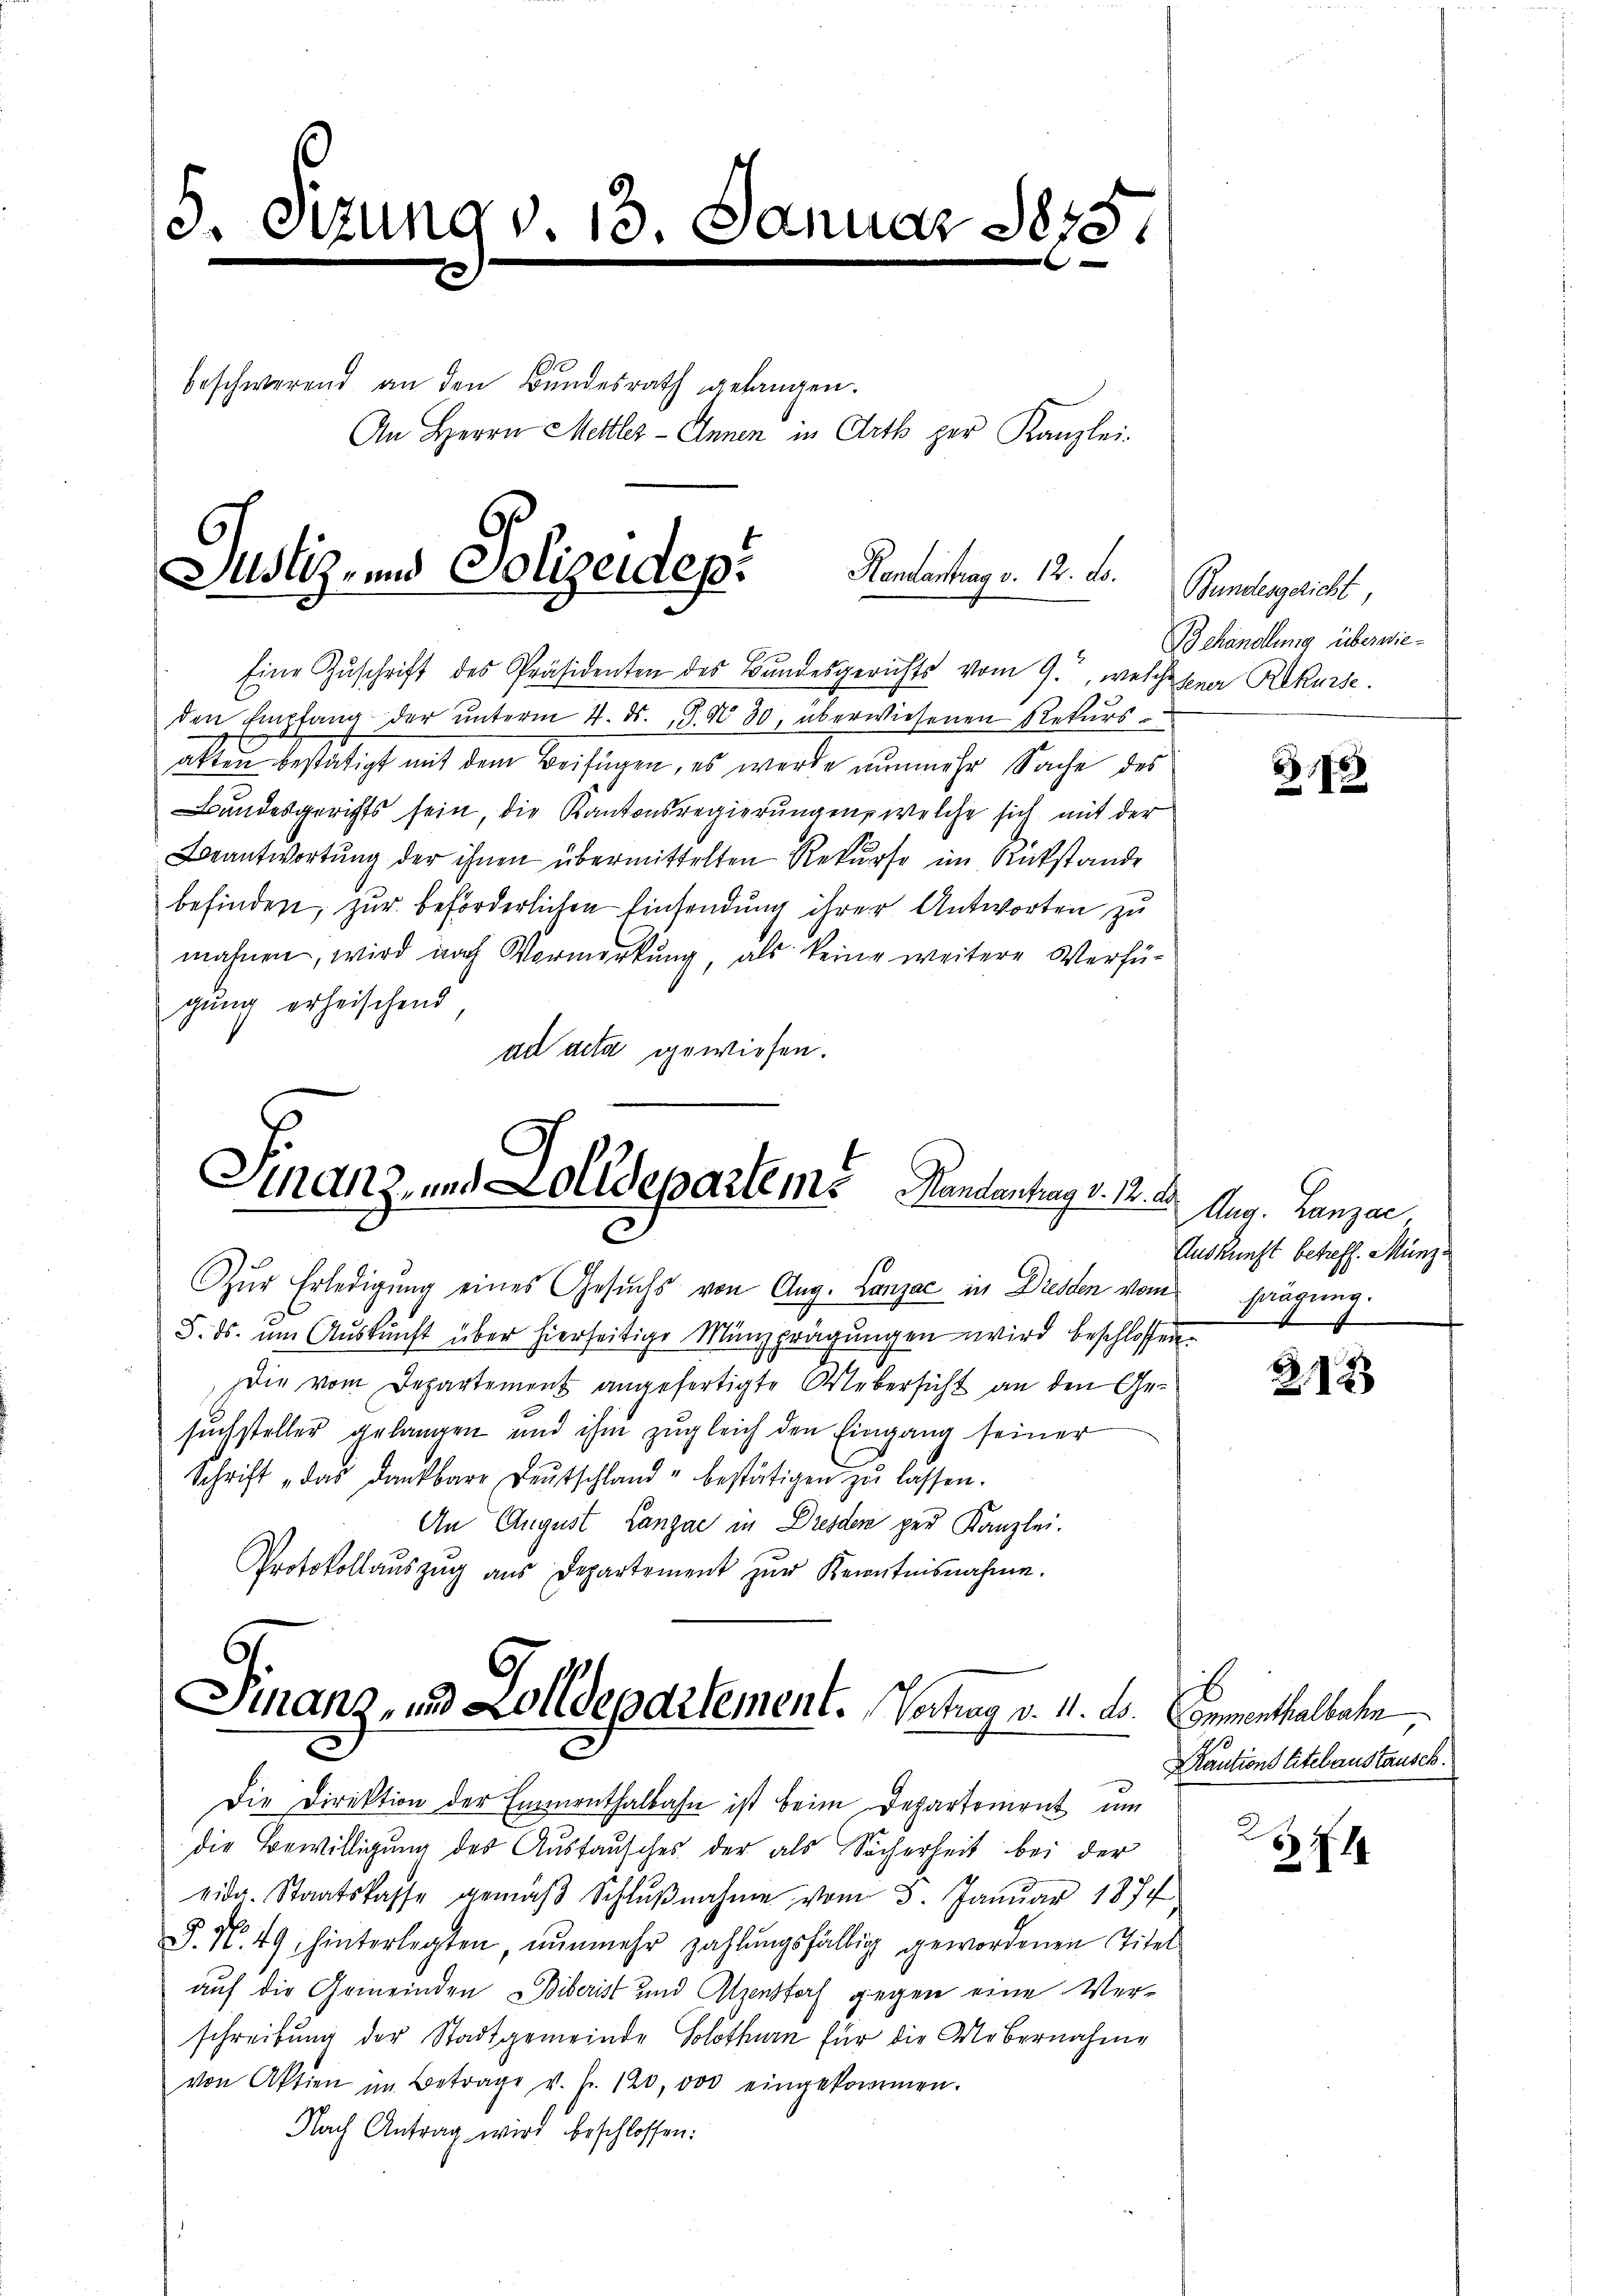
5. Sizung v. 13. Januar 1875.
e
.
beschwerend an den Bundesrath gelangen.
An Herrn Mettler - Annen in Art per Kanzlei-

Justiz- und Polizeidep. Kontentrags 12. Fr.

Eine Zŭschrift des Präsidenten des Bundesgerichts vom 9., welche seine Rekurse.
den Empfang der ŭnterm 4. ds. S. No 30, überwiesenen Rekurs-
allen bestätigt mit dem Beifügen, es werde nunmehr Sache des
Bundesgerichts sein, die Kantonsregierungen, welche sich mit der
Beantwortung der ihnen übermittelten Rekurse im Rückstande
befinden, zur beförderlichen Einsendung ihrer Antworten zu
mahnen, wird nach Vermerkung, als keine weitere Verfü-
gung erheischend
ad acta gewiesen.

Finanz, und Zolldepartem? Handenhag v. 12. d.
2

Zŭr Erledigŭng eines Gesŭchs von Aug. Lanzac in Dresden vom sangung
S. ds. um Auskunft über hierseitige Münzprägungen wird beschlossen.
Die vom Departement angefertigte Webersicht an den Gesuchsteller gelangen und ihm zŭgleich den Eingang seiner
Schrift „das dankbare Deutschland u bestätigen zŭ lassen.
An August Lanzae in Dresden per Kanzlei.
Protokollaŭszŭg aŭs Departement zŭr Kenntnisnahme.

Finanz- und Zolldepartement. Vertrag v. 11. ds. Gementhalbahn

Die Direktion der Emmenthalbahn ist beim Departement um
die Bewilligung des Austausches der als Sicherheit bei der
vida. Staatskasse gemäβ Schlŭβnahme vom 3. Janŭar 1874
S. No. 49, hinterlegten, nunmehr zahlungsfällig gewordenen Titel
auf die Gemeinden Biberist und Alpenstorf gegen eine Verschreibung der Stadtgemeinde Solothurn für die Uebernahme
von Aktien im Betrage v. fr. 120,000 eingekommen.
Nach Antrag wird beschlossen:

Bundesgericht
Behandlung überwie¬

1788

Aug. Lanzac
Auskunft betreff. Münz¬

212

Kautions titelaustausch.

2
574